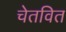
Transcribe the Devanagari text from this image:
चेतवित